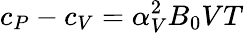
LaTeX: c_{P}-c_{V}=\alpha_{V}^{2}B_{0}VT